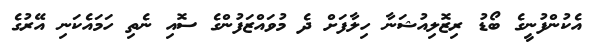
އެކުންފުނީގެ ބޯޑު ރިޒޮލިއުޝަނާ ހިލާފަށް ދެ މުވައްޒަފުންގެ ސޮއި ނެތި ހަމައެކަނި އޭރުގެ